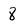
Character: 8